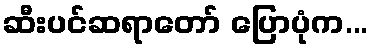
ဆီးပင်ဆရာတော် ပြောပုံက...